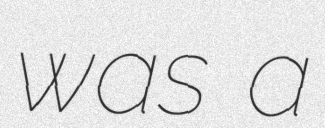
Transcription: was a